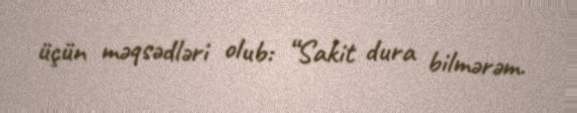
üçün məqsədləri olub: “Sakit dura bilmərəm.